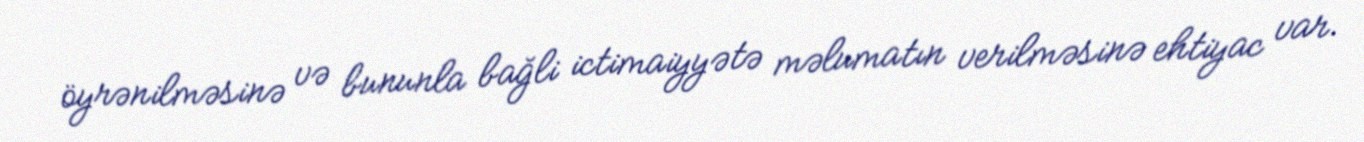
öyrənilməsinə və bununla bağli ictimaiyyətə məlumatın verilməsinə ehtiyac var.